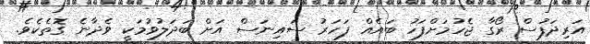
އަރިދަފުސް ރޯގާ ޖެހުމަށްފަހު ބައެއް ފަހަރު ސައިނަސް އަށް ބަދަލުވުމަކީ ވެދާނެ ގޮތެކެވެ.